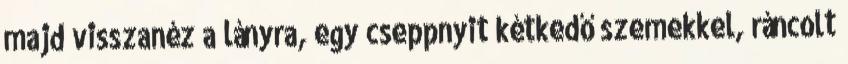
majd visszanéz a lányra, egy cseppnyit kétkedő szemekkel, ráncolt